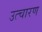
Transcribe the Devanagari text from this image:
उत्चारण